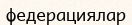
федерациялар